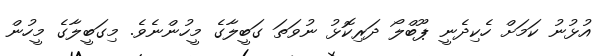
އުޅުނު ކަމަށް ހެކިދެނީ ޕޫބްލޯ ދަރިކޮޅު ނުވަތަ ގަބީލާގެ މީހުންނެވެ. މިގަބީލާގެ މީހުން